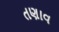
તણાવ